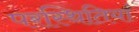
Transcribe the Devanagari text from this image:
परस्थितियां